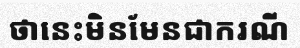
ថានេះមិនមែនជាករណី